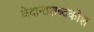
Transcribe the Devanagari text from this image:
वेदान्तशब्दकोश